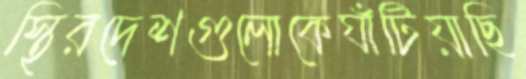
স্থিরদেশগুলোকেঘাঁটিয়াছি